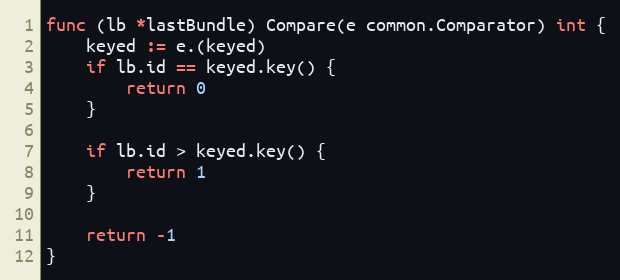
Language: Go
func (lb *lastBundle) Compare(e common.Comparator) int {
	keyed := e.(keyed)
	if lb.id == keyed.key() {
		return 0
	}

	if lb.id > keyed.key() {
		return 1
	}

	return -1
}